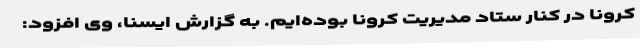
کرونا در کنار ستاد مدیریت کرونا بوده‌ایم. به گزارش ایسنا، وی افزود: